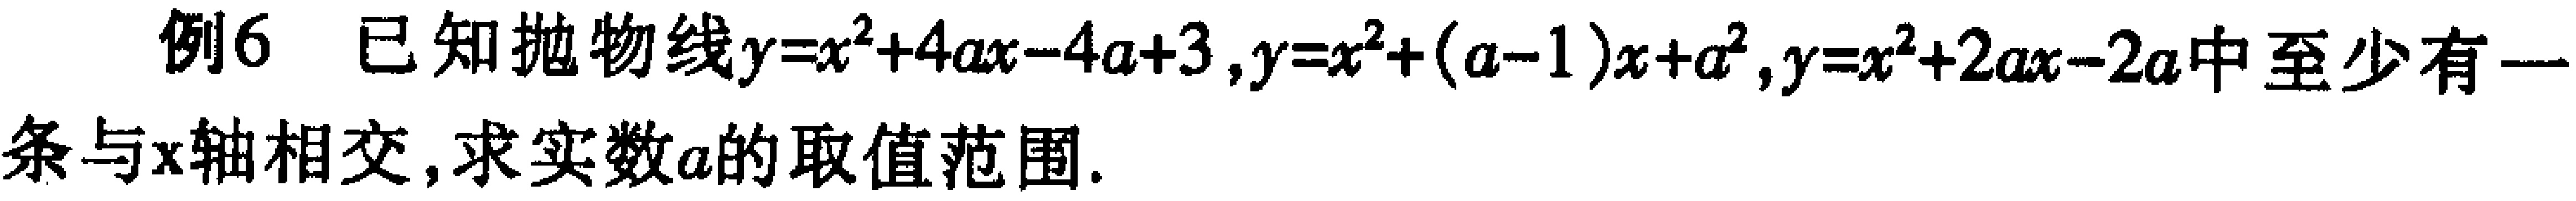
例6 已知抛物线\(y = x^{2}+4ax - 4a + 3\)，\(y = x^{2}+(a - 1)x + a^{2}\)，\(y = x^{2}+2ax - 2a\)中至少有一条与\(x\)轴相交，求实数\(a\)的取值范围.